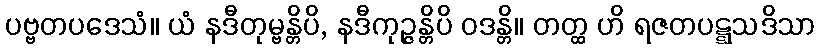
ပဗ္ဗတပဒေသံ။ ယံ နဒီတုမ္ဗန္တိပိ, နဒီကုဉ္ဇန္တိပိ ဝဒန္တိ။ တတ္ထ ဟိ ရဇတပဋ္ဋသဒိသာ